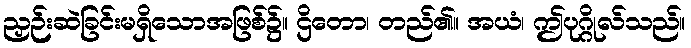
ညှဉ်းဆဲခြင်းမရှိသောအဖြစ်၌။ ဌိတော၊ တည်၏။ အယံ၊ ဤပုဂ္ဂိုလ်သည်။